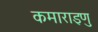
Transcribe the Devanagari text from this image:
कमाराइणु